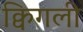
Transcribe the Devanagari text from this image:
क्विगली